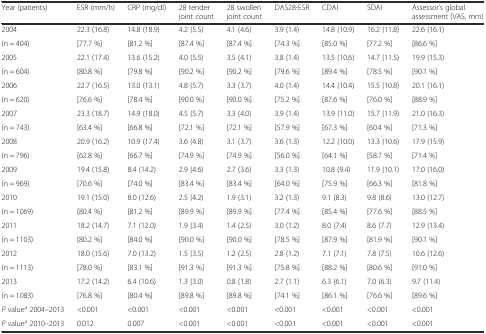
<table><thead><tr><td><b>Year (patients)</b></td><td><b>ESR (mm/h)</b></td><td><b>CRP (mg/dl)</b></td><td><b>28 tender joint count</b></td><td><b>28 swollen joint count</b></td><td><b>DAS28-ESR</b></td><td><b>CDAI</b></td><td><b>SDAI</b></td><td><b>Assessor’s global assessment (VAS, mm)</b></td></tr></thead><tbody><tr><td>2004</td><td>22.3 (16.8)</td><td>14.8 (18.9)</td><td>4.2 (5.5)</td><td>4.1 (4.6)</td><td>3.9 (1.4)</td><td>14.8 (10.9)</td><td>16.2 (11.8)</td><td>22.6 (16.1)</td></tr><tr><td>(n = 404)</td><td>[77.7 %]</td><td>[81.2 %]</td><td>[87.4 %]</td><td>[87.4 %]</td><td>[74.3 %]</td><td>[85.0 %]</td><td>[77.2 %]</td><td>[86.6 %]</td></tr><tr><td>2005</td><td>22.1 (17.4)</td><td>13.6 (15.2)</td><td>4.0 (5.5)</td><td>3.5 (4.1)</td><td>3.8 (1.4)</td><td>13.5 (10.6)</td><td>14.7 (11.5)</td><td>19.9 (15.3)</td></tr><tr><td>(n = 604)</td><td>[80.8 %]</td><td>[79.8 %]</td><td>[90.2 %]</td><td>[90.2 %]</td><td>[79.6 %]</td><td>[89.4 %]</td><td>[78.5 %]</td><td>[90.1 %]</td></tr><tr><td>2006</td><td>22.7 (16.5)</td><td>13.0 (13.1)</td><td>4.8 (5.7)</td><td>3.3 (3.7)</td><td>4.0 (1.4)</td><td>14.4 (10.4)</td><td>15.5 (10.8)</td><td>20.1 (16.1)</td></tr><tr><td>(n = 620)</td><td>[76.6 %]</td><td>[78.4 %]</td><td>[90.0 %]</td><td>[90.0 %]</td><td>[75.2 %]</td><td>[87.6 %]</td><td>[76.0 %]</td><td>[88.9 %]</td></tr><tr><td>2007</td><td>23.3 (18.7)</td><td>14.9 (18.0)</td><td>4.5 (5.7)</td><td>3.3 (4.0)</td><td>3.9 (1.4)</td><td>13.9 (11.0)</td><td>15.7 (11.9)</td><td>21.0 (16.3)</td></tr><tr><td>(n = 743)</td><td>[63.4 %]</td><td>[66.8 %]</td><td>[72.1 %]</td><td>[72.1 %]</td><td>[57.9 %]</td><td>[67.3 %]</td><td>[60.4 %]</td><td>[71.3 %]</td></tr><tr><td>2008</td><td>20.9 (16.2)</td><td>10.9 (17.4)</td><td>3.6 (4.8)</td><td>3.1 (3.7)</td><td>3.6 (1.3)</td><td>12.2 (10.0)</td><td>13.3 (10.6)</td><td>17.9 (15.9)</td></tr><tr><td>(n = 796)</td><td>[62.8 %]</td><td>[66.7 %]</td><td>[74.9 %]</td><td>[74.9 %]</td><td>[56.0 %]</td><td>[64.1 %]</td><td>[58.7 %]</td><td>[71.4 %]</td></tr><tr><td>2009</td><td>19.4 (15.8)</td><td>8.4 (14.2)</td><td>2.9 (4.6)</td><td>2.7 (3.6)</td><td>3.3 (1.3)</td><td>10.8 (9.4)</td><td>11.9 (10.1)</td><td>17.0 (16.0)</td></tr><tr><td>(n = 969)</td><td>[70.6 %]</td><td>[74.0 %]</td><td>[83.4 %]</td><td>[83.4 %]</td><td>[64.0 %]</td><td>[75.9 %]</td><td>[66.3 %]</td><td>[81.8 %]</td></tr><tr><td>2010</td><td>19.1 (15.0)</td><td>8.0 (12.6)</td><td>2.5 (4.2)</td><td>1.9 (3.1)</td><td>3.2 (1.3)</td><td>9.1 (8.3)</td><td>9.8 (8.6)</td><td>13.0 (12.7)</td></tr><tr><td>(n = 1069)</td><td>[80.4 %]</td><td>[81.2 %]</td><td>[89.9 %]</td><td>[89.9 %]</td><td>[77.4 %]</td><td>[85.4 %]</td><td>[77.6 %]</td><td>[88.5 %]</td></tr><tr><td>2011</td><td>18.2 (14.7)</td><td>7.1 (12.0)</td><td>1.9 (3.4)</td><td>1.4 (2.5)</td><td>3.0 (1.2)</td><td>8.0 (7.4)</td><td>8.6 (7.7)</td><td>12.9 (13.4)</td></tr><tr><td>(n = 1103)</td><td>[80.2 %]</td><td>[84.0 %]</td><td>[90.0 %]</td><td>[90.0 %]</td><td>[78.5 %]</td><td>[87.9 %]</td><td>[81.9 %]</td><td>[90.1 %]</td></tr><tr><td>2012</td><td>18.0 (15.6)</td><td>7.0 (13.2)</td><td>1.5 (3.5)</td><td>1.2 (2.5)</td><td>2.8 (1.2)</td><td>7.1 (7.1)</td><td>7.8 (7.5)</td><td>10.6 (12.6)</td></tr><tr><td>(n = 1113)</td><td>[78.0 %]</td><td>[83.1 %]</td><td>[91.3 %]</td><td>[91.3 %]</td><td>[75.8 %]</td><td>[88.2 %]</td><td>[80.6 %]</td><td>[91.0 %]</td></tr><tr><td>2013</td><td>17.2 (14.2)</td><td>6.4 (10.6)</td><td>1.3 (3.0)</td><td>0.8 (1.8)</td><td>2.7 (1.1)</td><td>6.3 (6.1)</td><td>7.0 (6.3)</td><td>9.7 (11.4)</td></tr><tr><td>(n = 1083)</td><td>[76.8 %]</td><td>[80.4 %]</td><td>[89.8 %]</td><td>[89.8 %]</td><td>[74.1 %]</td><td>[86.1 %]</td><td>[76.6 %]</td><td>[89.6 %]</td></tr><tr><td><i>P</i> value<sup>a</sup> 2004–2013</td><td>&lt;0.001</td><td>&lt;0.001</td><td>&lt;0.001</td><td>&lt;0.001</td><td>&lt;0.001</td><td>&lt;0.001</td><td>&lt;0.001</td><td>&lt;0.001</td></tr><tr><td><i>P</i> value<sup>a</sup> 2010–2013</td><td>0.012</td><td>0.007</td><td>&lt;0.001</td><td>&lt;0.001</td><td>&lt;0.001</td><td>&lt;0.001</td><td>&lt;0.001</td><td>&lt;0.001</td></tr></tbody></table>